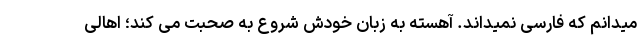
میدانم که فارسی نمیداند. آهسته به زبان خودش شروع به صحبت می کند؛ اهالی